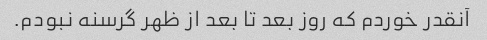
آنقدر خوردم که روز بعد تا بعد از ظهر گرسنه نبودم.